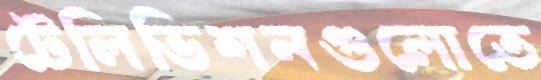
টেলিভিশনগুলোতে